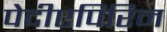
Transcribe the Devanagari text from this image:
पेदीएपिरिन